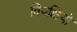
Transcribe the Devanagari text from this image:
विपक्षियो